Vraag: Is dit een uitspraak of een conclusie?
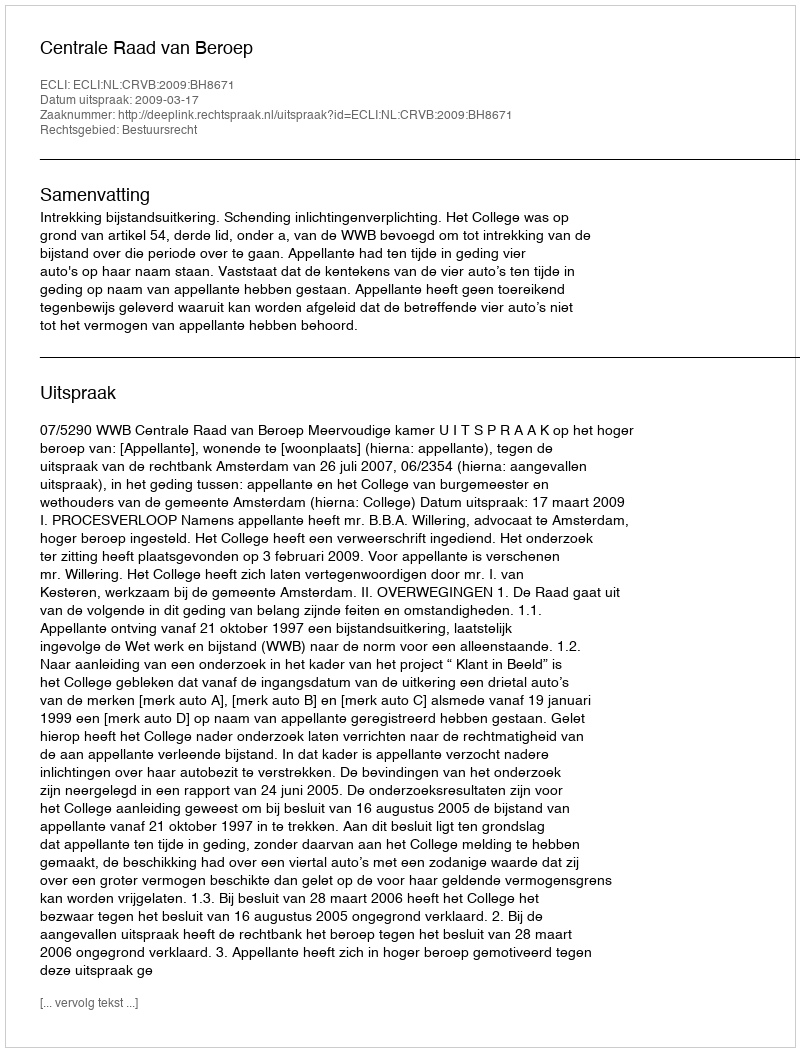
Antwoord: Uitspraak